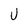
Character: U